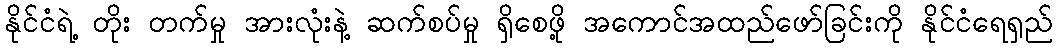
နိုင်ငံရဲ့ တိုး တက်မှု အားလုံးနဲ့ ဆက်စပ်မှု ရှိစေဖို့ အကောင်အထည်ဖော်ခြင်းကို နိုင်ငံရေရှည်